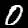
Label: 0